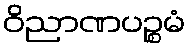
ဝိညာဏပဉ္စမံ